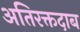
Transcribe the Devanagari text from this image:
अतिरक्तदाब